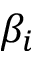
\beta _ { i }